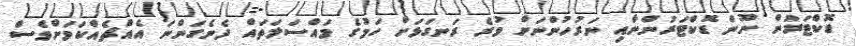
ޑޮކްޓަރުން ނޫން ޑޮކްޓަރުންނާއި ނަރުހުންނަށް ވުރެ ރަނގަޅަށް ހަމުގެ މައްސަލަތައް ދެނެގަންނަ އެއްޗެއްކަމަށްވެސް